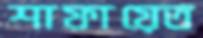
শাফায়েত